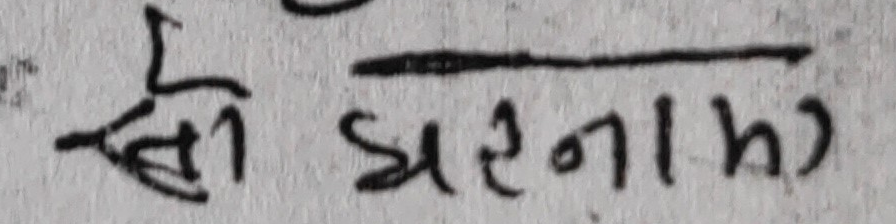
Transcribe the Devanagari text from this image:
की धारणा